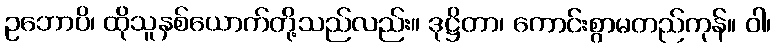
ဥဘောပိ၊ ထိုသူနှစ်ယောက်တို့သည်လည်း။ ဒုဋ္ဌိတာ၊ ကောင်းစွာမတည်ကုန်။ ဝါ၊